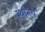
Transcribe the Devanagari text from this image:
स्थनिय